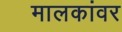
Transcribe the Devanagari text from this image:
मालकांवर